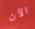
الآن